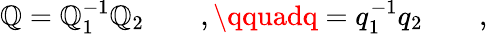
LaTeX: \mathbb{Q}=\mathbb{Q}_{1}^{-1}\mathbb{Q}_{2}\qquad,\qquadq=q_{1}^{-1}q_{2}\qquad,